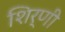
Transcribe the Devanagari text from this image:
शिर्णी